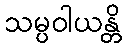
သမ္ပဝါယန္တိ